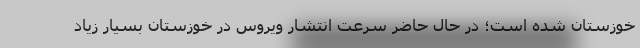
خوزستان شده است؛ در حال حاضر سرعت انتشار ویروس در خوزستان بسیار زیاد